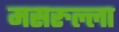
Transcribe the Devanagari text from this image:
मसरुल्ला